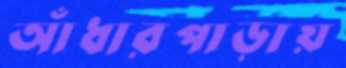
আঁধারপাড়ায়